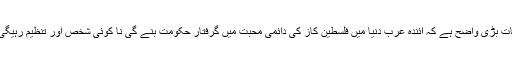
بات بڑی واضح ہے کہ آئندہ عرب دنیا میں فلسطین کاز کی دائمی محبت میں گرفتار حکومت بنے گی نا کوئی شخص اور تنظیم رہیگی۔